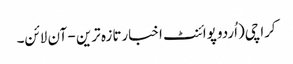
کراچی(اُردو پوائنٹ اخبارتازہ ترین - آن لائن۔